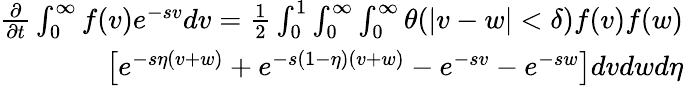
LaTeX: \begin{array}{r}{\begin{array}{r}{\frac{\partial}{\partial t}\int_{0}^{\infty}f(v)e^{-sv}dv=\frac{1}{2}\int_{0}^{1}\int_{0}^{\infty}\int_{0}^{\infty}\theta(|v-w|<\delta)f(v)f(w)}\\ {\left[e^{-s\eta(v+w)}+e^{-s(1-\eta)(v+w)}-e^{-sv}-e^{-sw}\right]dvdwd\eta}\end{array}}\end{array}